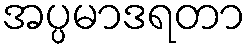
အပ္ပမာဒရတာ